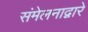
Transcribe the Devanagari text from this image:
संमेलनाद्वारे